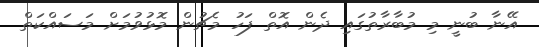
އޭނާ ބުނީ މި މުބާރާތުގައި ދެން އޮތް ފަހު މެޗުން މޮޅުވުމަށް މަސައްކަތް